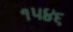
૧૫૪૬